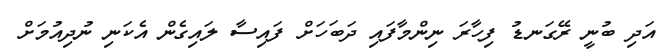
އަދި ބުނީ ރޭގަނޑު ފިހާރަ ނިންމާފައި ދަބަހަށް ފައިސާ ލައިގެން އެކަނި ނުދިއުމަށް